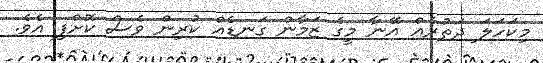
މިކަހަލަ ދަތުރެއް އޭނާ މީގެ ޒަމާން ގަނޑެއް ކުރިން ވެސް ކޮށްފި އެވެ.